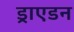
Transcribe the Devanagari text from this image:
ड्राएडन